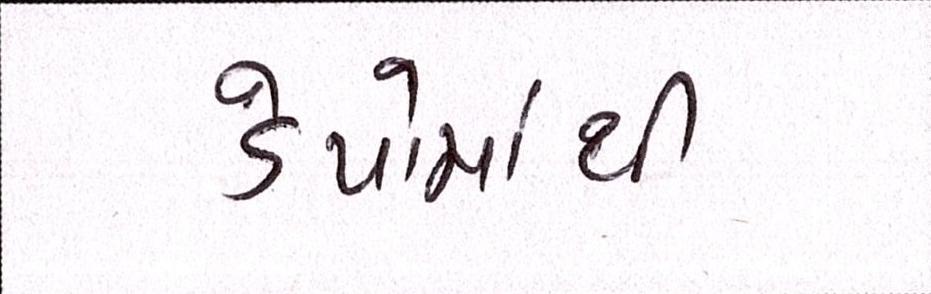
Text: ડેપોમાંથી